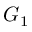
G _ { 1 }